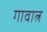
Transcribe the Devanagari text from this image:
गावात्न